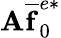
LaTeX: \mathbf{A}\mathbf{\overline{{f}}}_{0}^{e*}